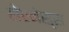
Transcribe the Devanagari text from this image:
होएनेस्स